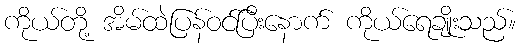
ကိုယ်တို့ အိမ်ထဲပြန်ဝင်ပြီးနောက် ကိုယ်ရေချိုးသည်။